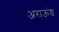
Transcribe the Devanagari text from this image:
अराऊंड